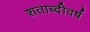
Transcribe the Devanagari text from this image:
शताब्दीवर्ष